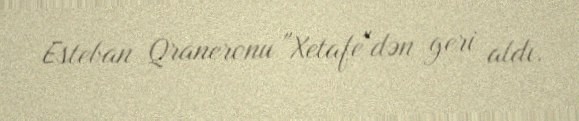
Esteban Qraneronu "Xetafe"dən geri aldı.